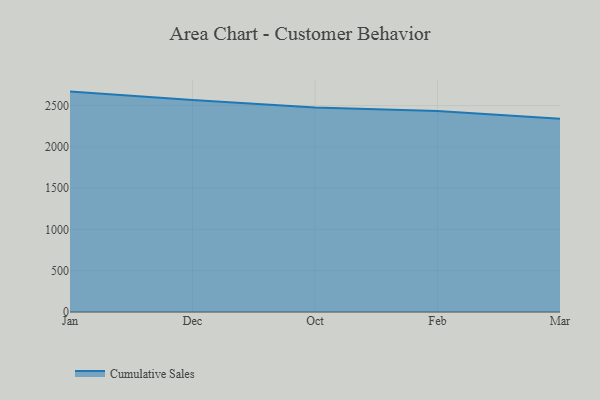
{"axis": {"x": "Month", "y": "Bounce Rate (%)"}, "legend": ["Cumulative Sales"], "data": [{"x": "Jan", "y": 2668.7, "type": "Cumulative Sales"}, {"x": "Dec", "y": 2566.8, "type": "Cumulative Sales"}, {"x": "Oct", "y": 2477.6, "type": "Cumulative Sales"}, {"x": "Feb", "y": 2432.4, "type": "Cumulative Sales"}, {"x": "Mar", "y": 2341.0, "type": "Cumulative Sales"}]}